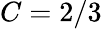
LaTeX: C=2/3